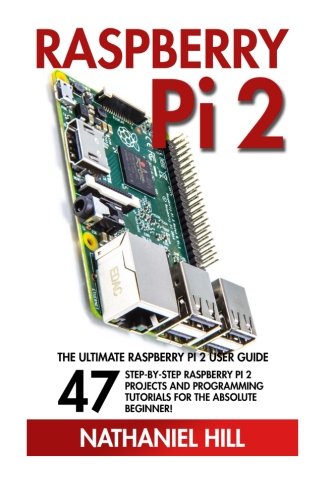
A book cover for Raspberry Pi 2: The Ultimate Raspberry Pi 2 User Guide - 47 Step-by-Step Raspberry Pi 2 Projects And Programming Tutorials For The Absolute Beginner! (Html, Php, Pi Programming); Nathaniel Hill; Computers & Technology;